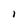
Character: l